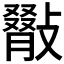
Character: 𢿺